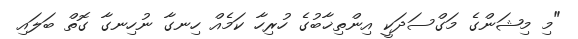
"މި މިޝަންގެ މަގްސަދަކީ އިންތިޚާބުގެ ހުރިހާ ކަމެއް ހިނގާ ނުހިނގާ ގޮތް ބަލައި